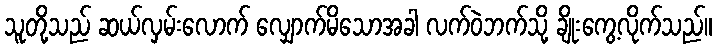
သူတို့သည် ဆယ်လှမ်းလောက် လျှောက်မိသောအခါ လက်ဝဲဘက်သို့ ချိုးကွေ့လိုက်သည်။